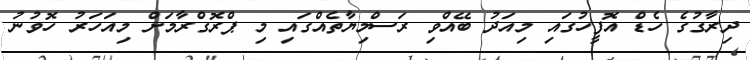
ދިރާގުގެ ހެޑް އޮފީހުގައި މިއަދު ބޭއްވި ރަސްމިޔާތެއްގައި މި ޕްރޮގްރާމަށް މިއަހަރު ހޮވުނު